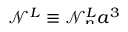
\smash { \mathcal { N } ^ { L } \equiv \mathcal { N } _ { \! p } ^ { L } a ^ { 3 } }